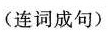
(连词成句)